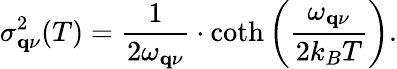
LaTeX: \sigma_{\mathbf{q}\nu}^{2}(T)=\frac{1}{2\omega_{\mathbf{q}\nu}}\cdot\coth{\left(\frac{\omega_{\mathbf{q}\nu}}{2k_{B}T}\right)}.